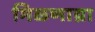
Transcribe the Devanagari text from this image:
मिळणाय्रा